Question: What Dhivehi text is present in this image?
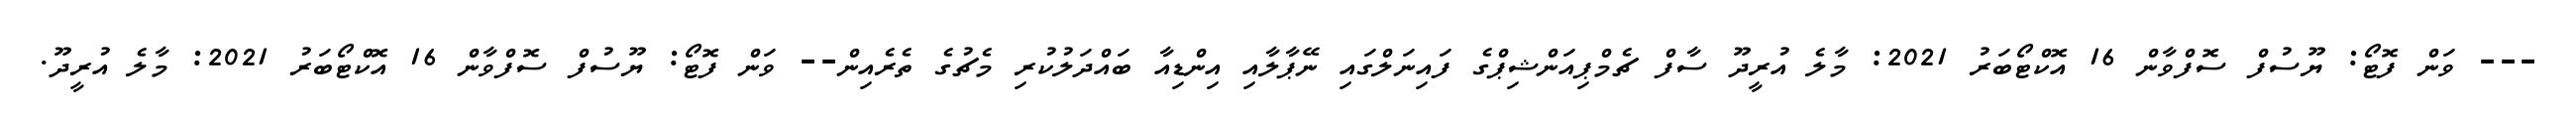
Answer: --- ވަން ފޮޓޯ: ޔޫސުފް ސޮފްވާން 16 އޮކްޓޯބަރު 2021: މާލެ އުރީދޫ ސާފް ޗެމްޕިއަންޝިޕްގެ ފައިނަލްގައި ނޭޕާލާއި އިންޑިއާ ބައްދަލުކުރި މެޗުގެ ތެރެއިން-- ވަން ފޮޓޯ: ޔޫސުފް ސޮފްވާން 16 އޮކްޓޯބަރު 2021: މާލެ އުރީދޫ.